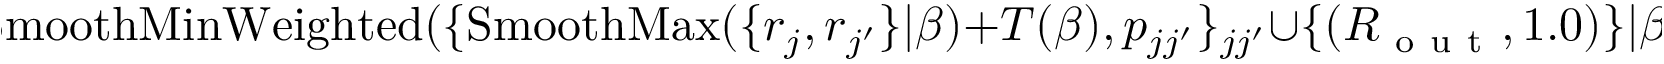
\! \! \! \! \! \! \! \! \! \! \! \! \! \! \! \! \! \! \! \! \! \! \! \! \! \! { R _ { \mathrm { ~ i ~ n ~ } } } = \operatorname { S m o o t h M i n W e i g h t e d } ( \{ \operatorname { S m o o t h M a x } ( \{ r _ { j } , r _ { j ^ { \prime } } \} | \beta ) + T ( \beta ) , p _ { j j ^ { \prime } } \} _ { j j ^ { \prime } } \cup \{ ( { R _ { \mathrm { ~ o ~ u ~ t ~ } } } , 1 . 0 ) \} | \beta ) + \Delta _ { R _ { c } } \mathrm { ~ , ~ }